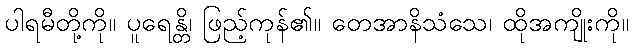
ပါရမီတို့ကို။ ပူရေန္တိ၊ ဖြည့်ကုန်၏။ တေအာနိသံသေ၊ ထိုအကျိုးကို။